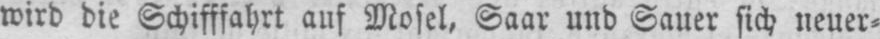
wird die Schifffahrt auf Mosel, Saar und Sauer sich neuer⸗